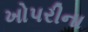
ખોપરીના